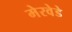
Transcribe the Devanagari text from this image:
मेरवेडे